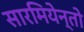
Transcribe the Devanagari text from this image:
सारमियेन्तो